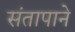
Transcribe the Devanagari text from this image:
संतापाने